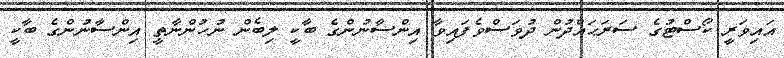
އައިވަރީ ކޯސްޓުގެ ސަރަޙައްދުން ދުވަސްވެފައިވާ އިންސާނުންގެ ބާކީ ލިބެން ނުހުންނާތީ އިންސާނުންގެ ބާކީ